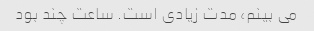
می بینم، مدت زیادی است. ساعت چند بود